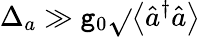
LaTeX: \Delta_{a}\gg\mathtt{g}_{0}\sqrt{}{{\left\langle\hat{{a}}^{\dagger}\hat{{a}}\right\rangle}}